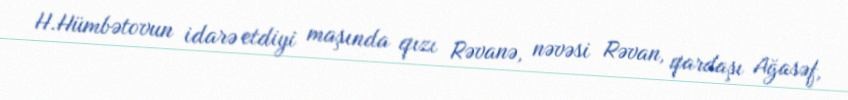
H.Hümbətovun idarə etdiyi maşında qızı Rəvanə, nəvəsi Rəvan, qardaşı Ağasəf,